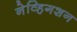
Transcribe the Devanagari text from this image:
नेव्हिगशन